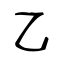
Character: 乙